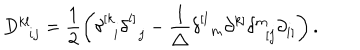
D _ { \; \; i j } ^ { k l } = \frac 1 2 \left( \delta _ { \; \; i } ^ { \left[ k \right. } \delta _ { \; \; j } ^ { \left. l \right] } - \frac 1 { \triangle } \delta _ { \; \; m } ^ { \left[ l \right. } \partial _ { } ^ { \left. k \right] } \delta _ { \; \; \left[ j \right. } ^ { m } \partial _ { \left. i \right] } ^ { } \right) .